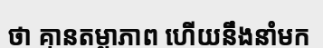
ថា គ្មានតម្លាភាព ហើយនឹងនាំមក